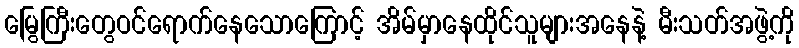
မြွေကြီးတွေဝင်ရောက်နေသောကြောင့် အိမ်မှာနေထိုင်သူများအနေနဲ့ မီးသတ်အဖွဲ့ကို